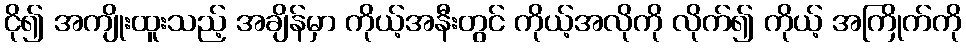
ငို၍ အကျိုးထူးသည့် အချိန်မှာ ကိုယ့်အနီးတွင် ကိုယ့်အလိုကို လိုက်၍ ကိုယ့် အကြိုက်ကို